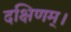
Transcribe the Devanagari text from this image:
दक्षिणम्।